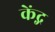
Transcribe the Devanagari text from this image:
केंद्ग